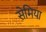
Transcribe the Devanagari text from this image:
सेमिया